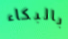
بالبكاء